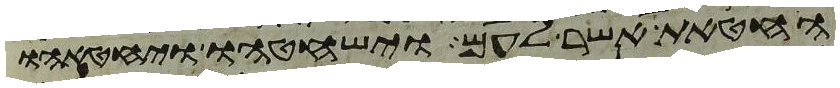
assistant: החטאת אשר לעם וישחטהו ויחטאהו